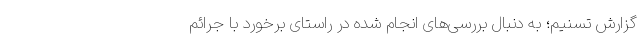
گزارش تسنیم؛ به دنبال بررسی‌های انجام شده در راستای برخورد با جرائم